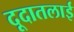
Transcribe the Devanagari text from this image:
दूदातलाई